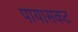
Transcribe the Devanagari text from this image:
पायासकट